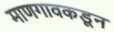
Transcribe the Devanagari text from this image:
माणगावकडून